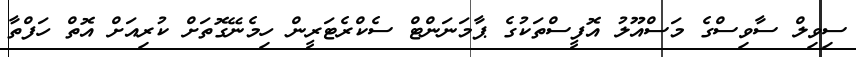
ސިވިލް ސާވިސްގެ މަސްއޫލު އޮފީސްތަކުގެ ޕާމަނަންޓް ސެކްރެޓަރީން ހިމެނޭގޮތަށް ކުރިއަށް އޮތް ހަފްތާ